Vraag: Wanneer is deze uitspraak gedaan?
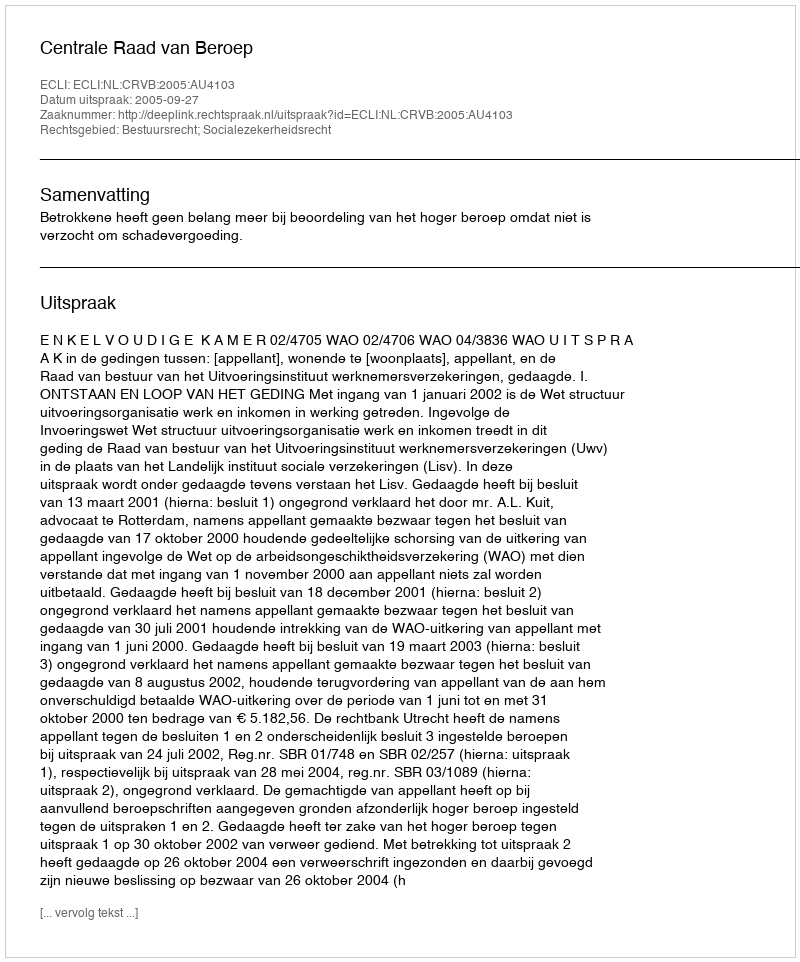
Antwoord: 2005-09-27